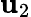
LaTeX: \mathbf{u}_{2}